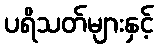
ပရိသတ်များနှင့်